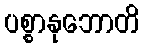
ပစ္စာနုဘောတိ